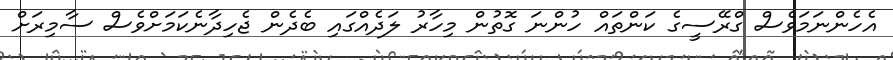
އެހެންނަމަވެސް ގްރޭސީގެ ކަންތައް ހުންނަ ގޮތުން މިހާރު ލަދެއްގައި ބެދެން ޖެހިދާނެކަމަށްވެސް ސާމިރަށް